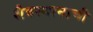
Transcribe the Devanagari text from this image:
शैवस्थानाची